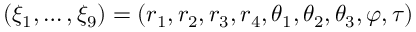
( \xi _ { 1 } , \ldots , \xi _ { 9 } ) = ( r _ { 1 } , r _ { 2 } , r _ { 3 } , r _ { 4 } , \theta _ { 1 } , \theta _ { 2 } , \theta _ { 3 } , \varphi , \tau )